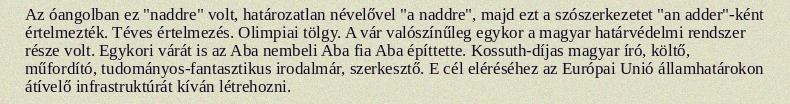
Az óangolban ez "naddre" volt, határozatlan névelővel "a naddre", majd ezt a szószerkezetet "an adder"-ként értelmezték. Téves értelmezés. Olimpiai tölgy. A vár valószínűleg egykor a magyar határvédelmi rendszer része volt. Egykori várát is az Aba nembeli Aba fia Aba építtette. Kossuth-díjas magyar író, költő, műfordító, tudományos-fantasztikus irodalmár, szerkesztő. E cél eléréséhez az Európai Unió államhatárokon átívelő infrastruktúrát kíván létrehozni.